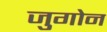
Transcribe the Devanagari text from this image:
जुगोन